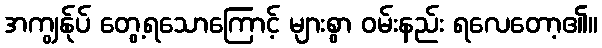
အကျွန်ုပ် တွေ့ရသောကြောင့် များစွာ ဝမ်းနည်း ရလေတော့၏။